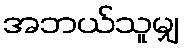
အဘယ်သူမျှ